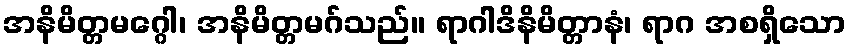
အနိမိတ္တမဂ္ဂေါ၊ အနိမိတ္တမဂ်သည်။ ရာဂါဒိနိမိတ္တာနံ၊ ရာဂ အစရှိသော